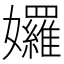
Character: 𡤢